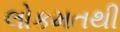
લોકમતથી